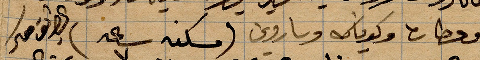
ومحطات و...ساروني (مسكنه ساعة ٧) كطريق معسكر